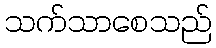
သက်သာစေသည်